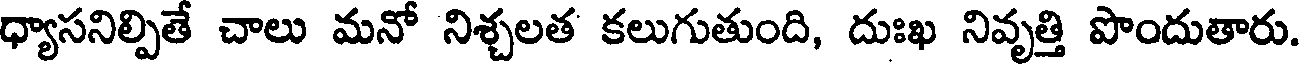
ధ్యాసనిల్పితే చాలు మనో నిశ్చలత కలుగుతుంది, దుఃఖ నివృత్తి పొందుతారు.